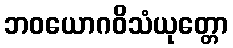
ဘဝယောဂဝိသံယုတ္တော